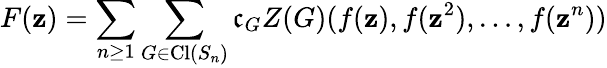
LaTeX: F(\mathbf{z})=\sum_{n\geq1}\sum_{G\in\operatorname{Cl}(S_{n})}\mathfrak{c}_{G}Z(G)(f(\mathbf{z}),f(\mathbf{z}^{2}),\ldots,f(\mathbf{z}^{n}))